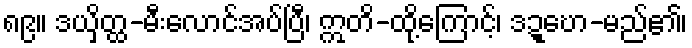
၈၉။ ဒယှိတ္ထ-မီးလောင်အပ်ပြီ၊ ဣတိ-ထို့ကြောင့်၊ ဒဍ္ဎော-မည်၏၊